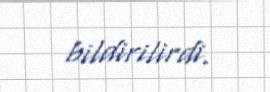
bildirilirdi.